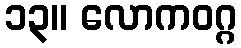
၁၃။ လောကဝဂ္ဂ